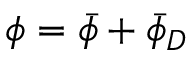
\phi = \bar { \phi } + \bar { \phi } _ { D }